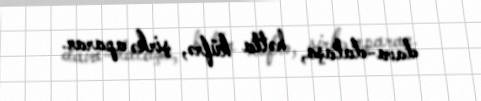
dava-dalaşa, hətta küfrə, şirkə aparar.